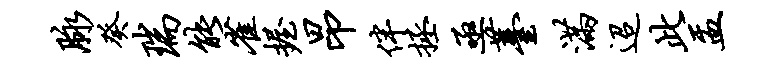
脉癸瑞能雀握昂伴拯亟薹满迢此盂